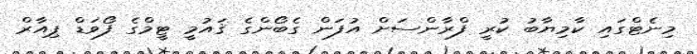
މިނެޓްގައި ކާމިޔާބު ކުރީ ފްރާންސަށް އުފަން ގެބޯންގެ ޤައުމީ ޓީމްގެ ފޯވަޑް ޕިއާރް